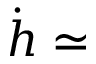
\dot { h } \simeq